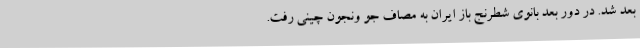
بعد شد. در دور بعد بانوی شطرنج باز ایران به مصاف جو ونجون چینی رفت.